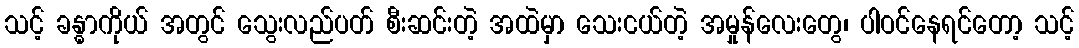
သင့် ခန္ဓာကိုယ် အတွင် သွေးလည်ပတ် စီးဆင်းတဲ့ အထဲမှာ သေးငယ်တဲ့ အမှုန်လေးတွေ၊ ပါဝင်နေရင်တော့ သင့်